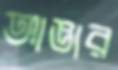
আজ্ঞার